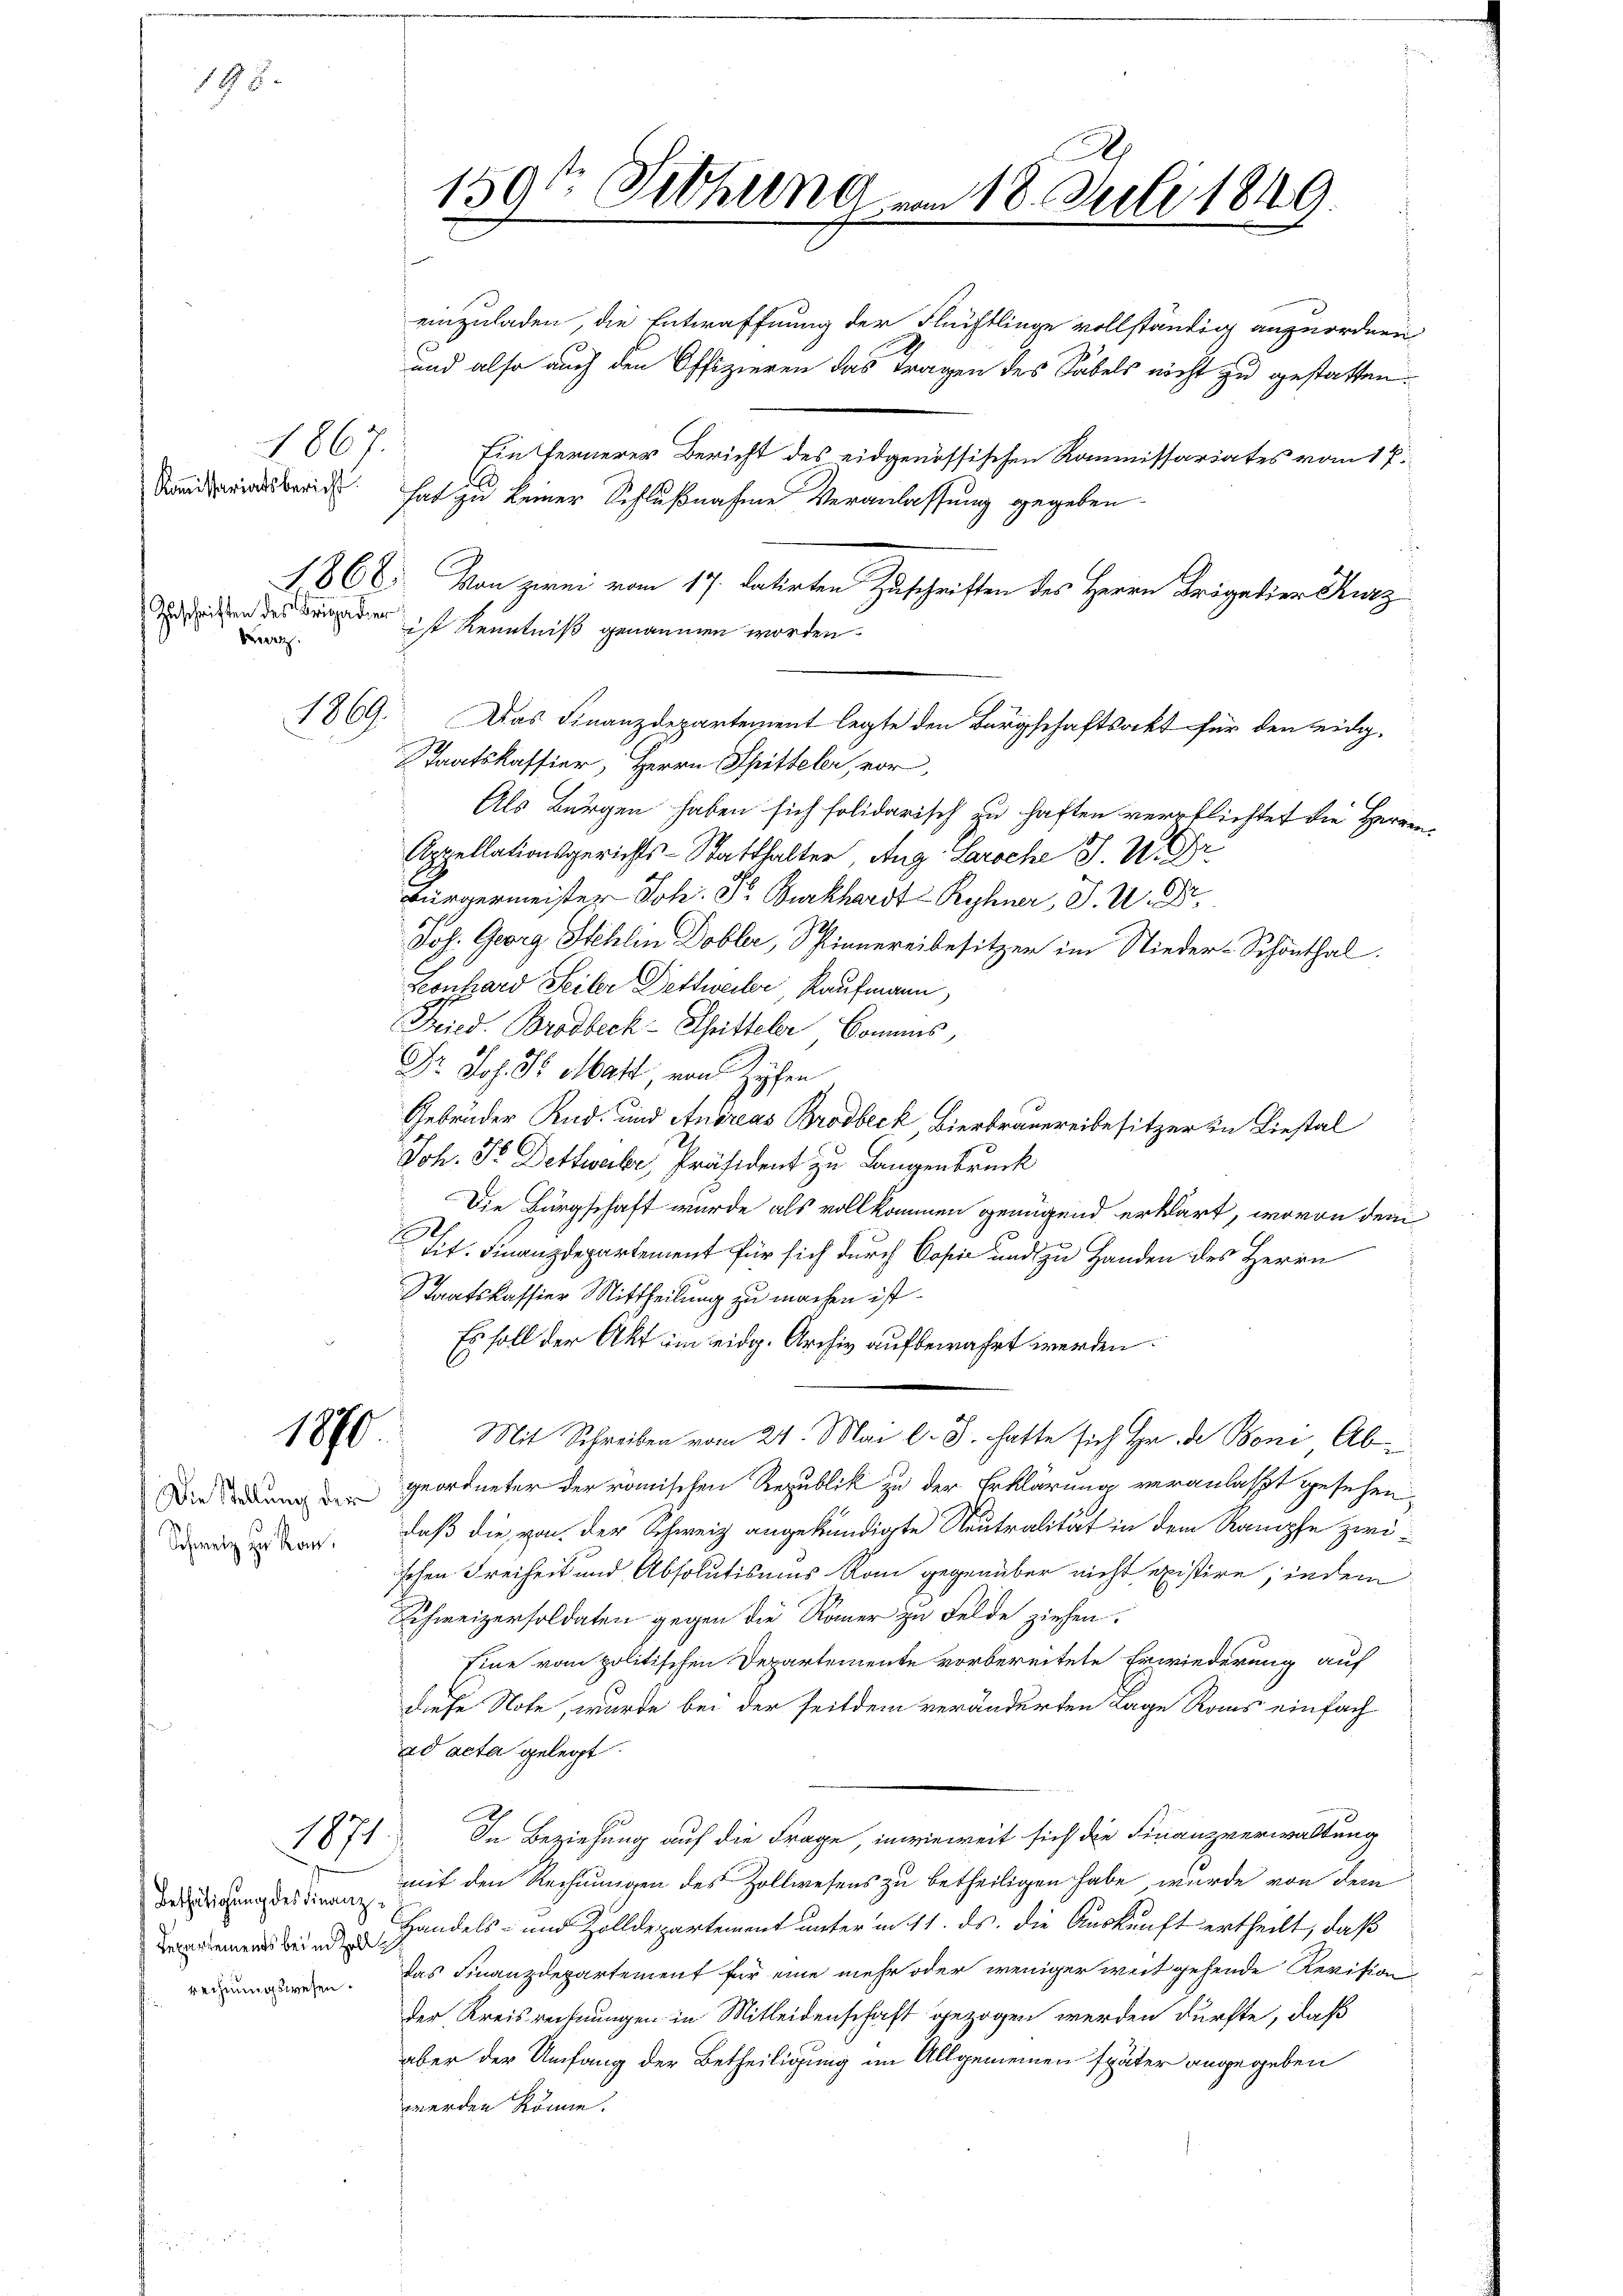
198.

867.
Kommissariatsbericht
Zuschriften des Brigadier
Bez.

1870

Die Stellung der
Schweiz zu kam.

1869.

1871

Bethätigung des Finanz¬
Repartements bei in Zoll
rechnungswesen.

159te Sitzung am 18. Juli 1849.

und also auch den Offizieren das Tragen des Sabels nicht zu gestatten.
Ein fernerer Bericht des eidgenössischen Kommissariates vom 17.
hat zu keiner Schlußnahme Veranlassung gegeben.
1866. Von zwei vom 17. datirten Zuschriften des Herrn Krägetier Kurz
Als Bürgen haben sich solidarisch zu haften verpflichtet die Herren
Appellationsgerichts-Statthalter, Aug. Paroche J. U. r.
Bürgermeister Joh. Pr. Burkhardt Ryhner, J. U. Dr.
Joh. Georg Stehlin Dobler, Spinnereibesitzer im Nieder-Schönthal
Lonhard Seiter Dettweiler, Kaufmann,
Fried. Brodbeck - Chritteler Comans,
Dr. Jos. Dr Matt, von Zöchen
Gebrüder Rud. und Andreas Brodbeck Bierbrauereibesitzer in Liestal
Joh. Dr Dettwale, Präsident zu Langenbruck
Die Bürgschaft wurde als vollkommen genügend erklärt, wovon dem
Lit. Finanzdepartement für sich durch Copie und zu Handen des Herrn
Staatskassier Mittheilung zu machen ist.
Es soll der Akt im eidg. Archiv aufbewahrt werden.
Mit Schreiben vom 24. Mai l. J. hatte sich ihr de Boni Abgeordneter der römischen Republik zu der Erklärung veranlasst gesehen,
26
daß die von der Schweiz angekündigte Neutralität in dem Rampfe zwischen Freiheit und Absolutismus Rain gegenüber nicht existire, indem
Schweizersoldaten gegen die Römer zu Felde ziehen.
Eine vom politischen Departemente vorbereitete Erwiederung auf
diese Note, wurde bei der seitdem veränderten Lage Roms einfach
ad acta gelegt.
In Beziehung auf die Frage, inwieweit sich die Finanzverwaltung
mit den Rechnungen des Zollwesens zu betheiligen habe, wurde von dem
Handels- und Zolldepartement unterm 11. ds. die Auskunft ertheilt, daß
das Finanzdepartement für eine mehr oder weniger weit gehende Revision
der Kreisrechnungen in Mitleidenschaft gezogen werden dürfte, daß
aber der Umfang der Betheiligung im Allgemeinen später angegeben
werden könne.

ist Kenntniß genommen worden.
Das Finanzdepartement legte den Bürgschaftsakt für den eidg.
Staatskassier, Herrn Spitteler, vor,

einzuladen, die Entwaffnung der Flüftlinge vollständig anzuordnen